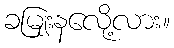
ခမျြးနလေို့လား။